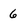
Character: 6